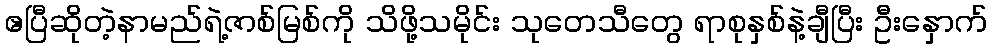
ဧပြီဆိုတဲ့နာမည်ရဲ့ဇာစ်မြစ်ကို သိဖို့သမိုင်း သုတေသီတွေ ရာစုနှစ်နဲ့ချီပြီး ဦးနှောက်